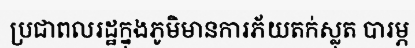
ប្រជាពលរដ្ឋក្នុងភូមិមានការភ័យតក់ស្លុត បារម្ភ